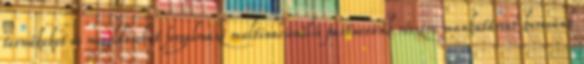
termékeket és megoldásokat forgalmazó multinacionális partnerünk részére munkatársat keresünk